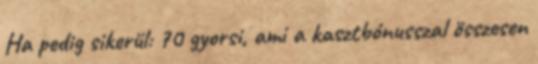
Ha pedig sikerül: 70 gyorsi, ami a kasztbónusszal összesen